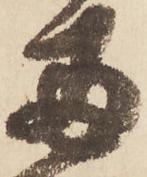
両